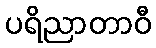
ပရိညာတာဝီ